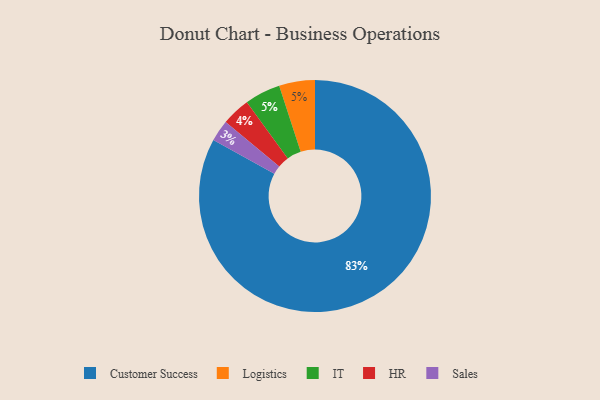
{"axis": {"x": "Category", "y": "Percentage"}, "legend": ["Customer Success", "HR", "IT", "Logistics", "Sales"], "data": [{"x": "Customer Success", "y": 83, "type": "Customer Success"}, {"x": "Sales", "y": 3, "type": "Sales"}, {"x": "HR", "y": 4, "type": "HR"}, {"x": "Logistics", "y": 5, "type": "Logistics"}, {"x": "IT", "y": 5, "type": "IT"}]}